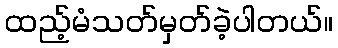
ထည့်မံသတ်မှတ်ခဲ့ပါတယ်။